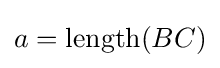
a=\operatorname {length} (BC)